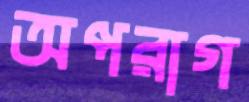
অপরাগ